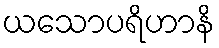
ယသောပရိဟာနိ